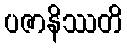
ပဇာနိဿတိ